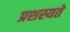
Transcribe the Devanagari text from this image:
प्रशस्यते